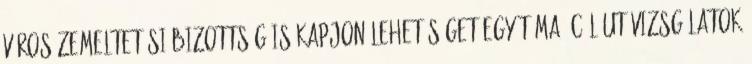
Városüzemeltetési Bizottság is kapjon lehetőséget egy téma, cél utóvizsgálatok